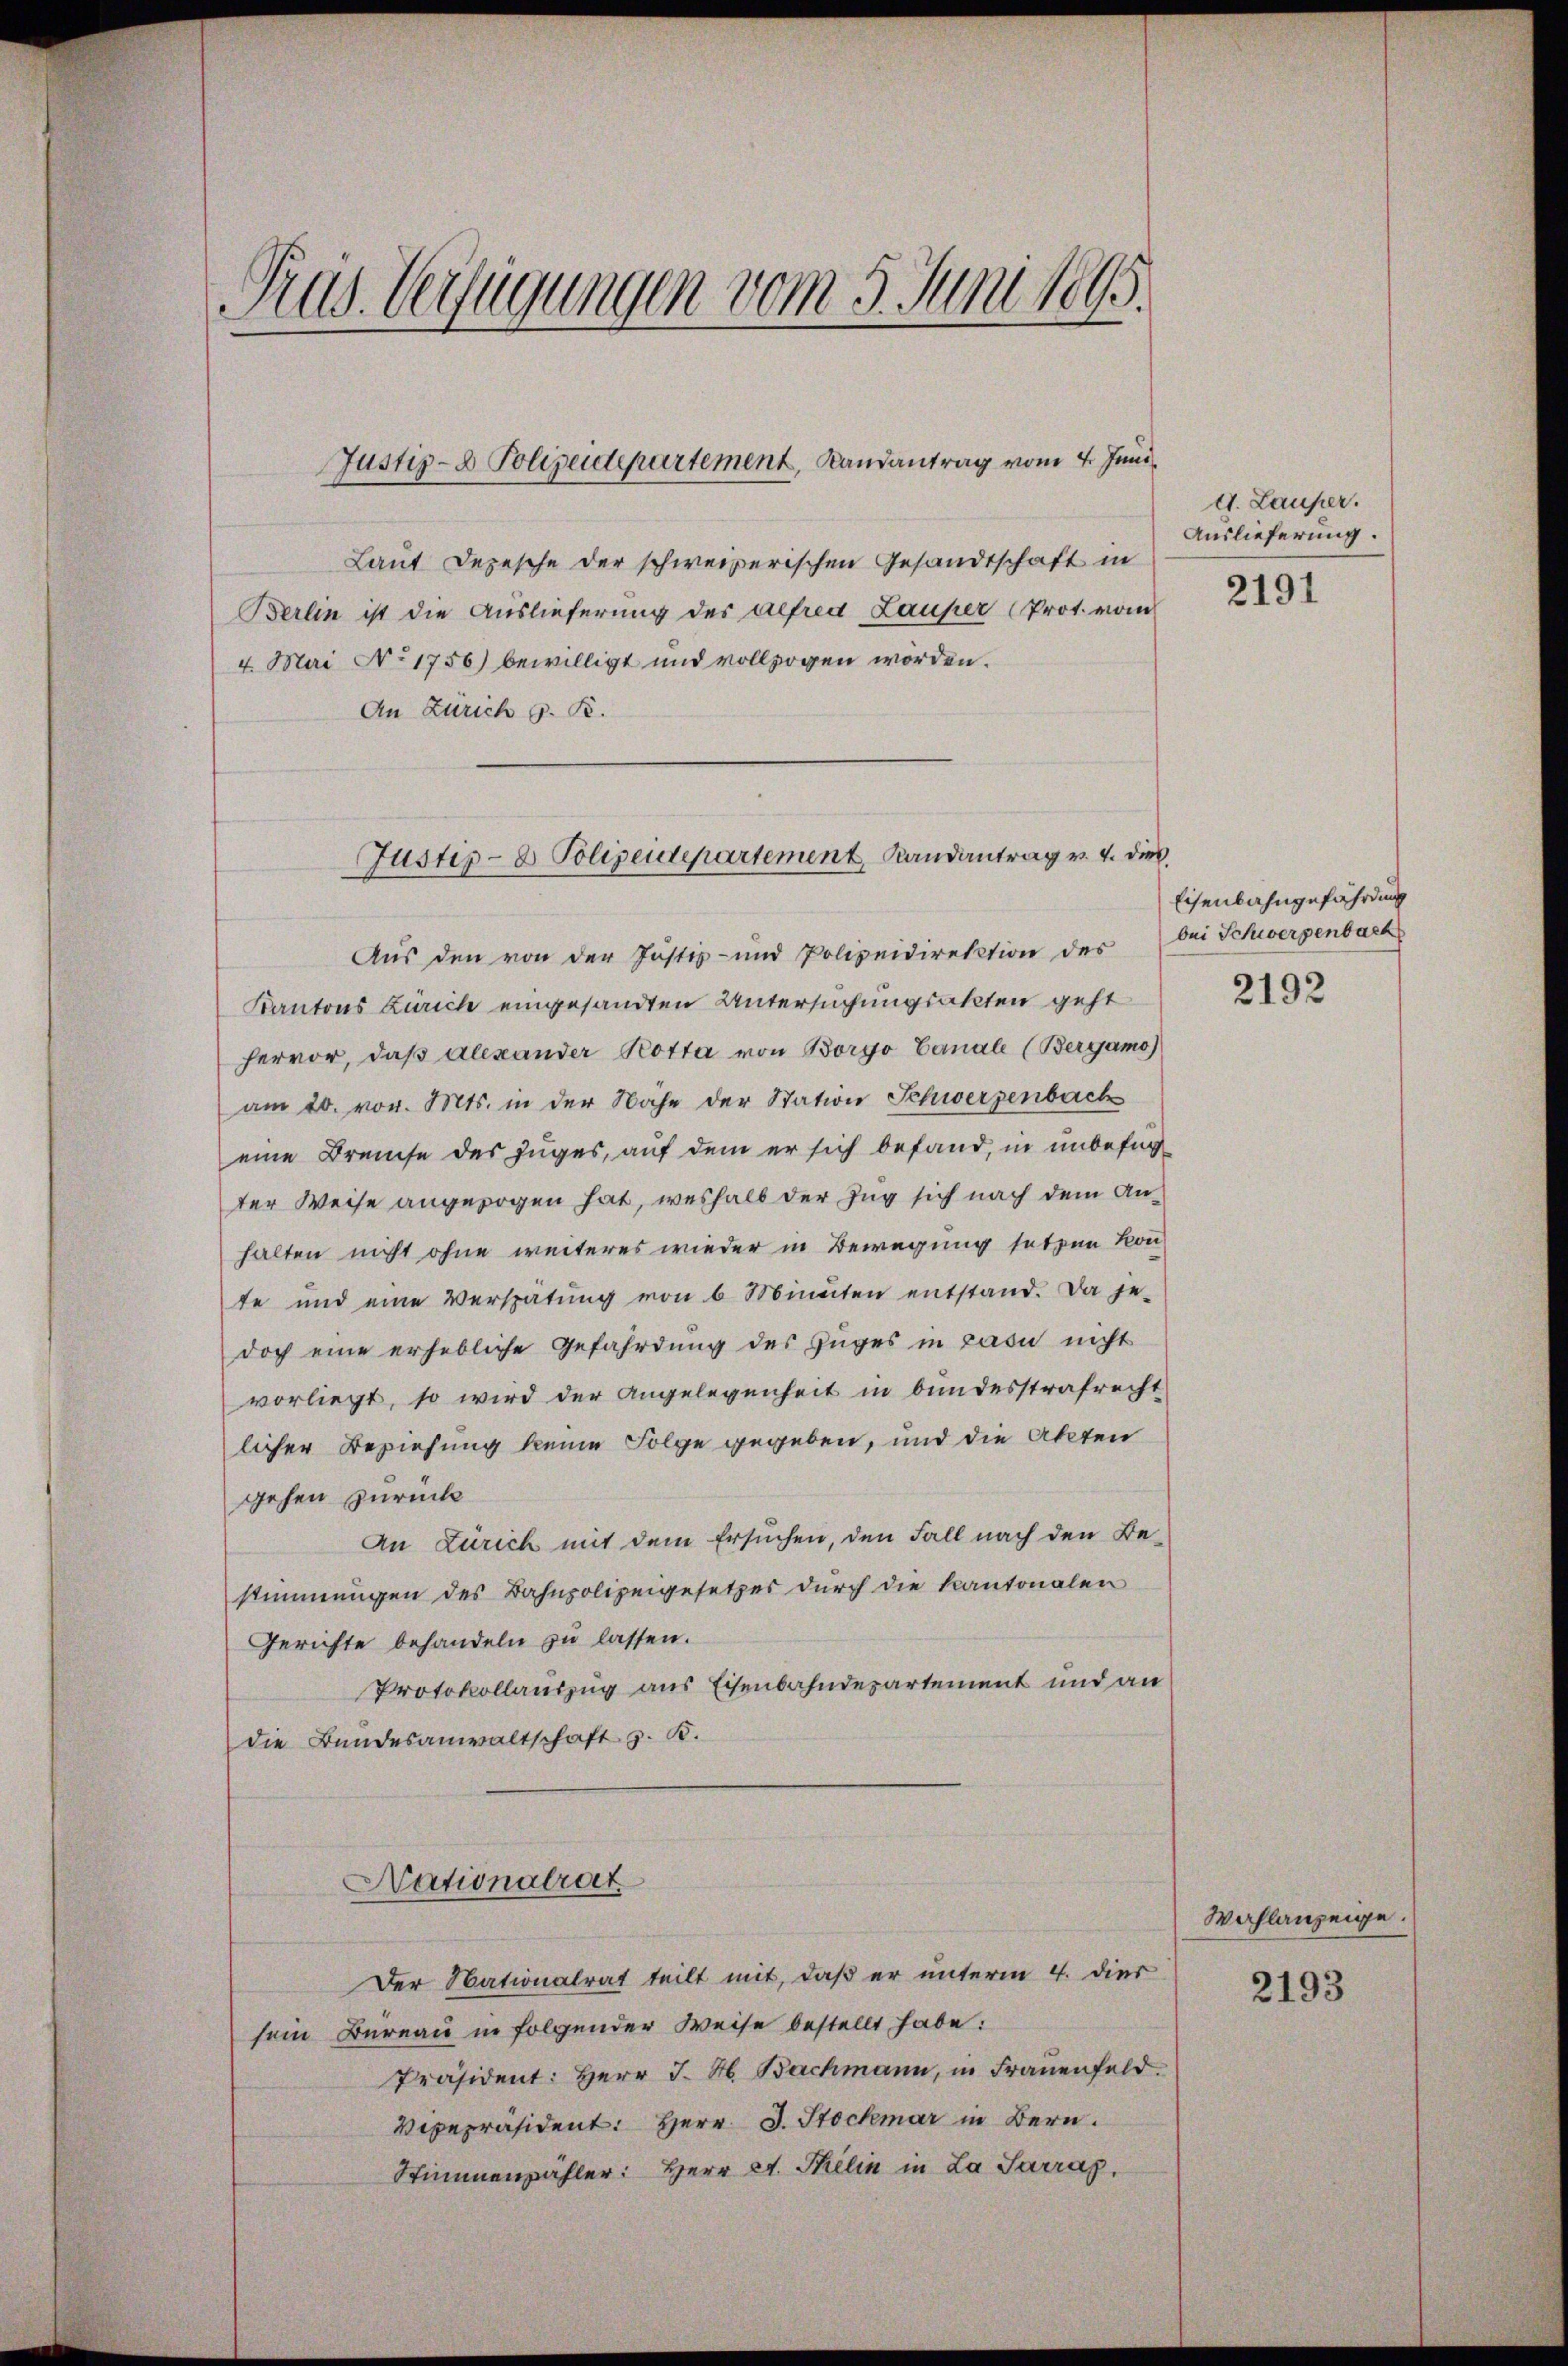
Pras. Verfügungen vom 5. Juni 1895.

Justiz- & Polizeidepartement, Landantrag vom 4. Juni

Laut Depesche der schweizerischen Gesandtschaft in
Berlin ist die Auslieferung der Alfred Lauper (Prot. vom
4. Mai No 1756) bewilligt und vollzogen worden.
An Zürich g. R.

Aus den von der Justiz- und Polizeidirektion des
Kantons Zürich eingesandten Untersuchungsakten geht
hervor, daβ Alexander Kotta von Borgo Canale (Bergamo)
am 20. vor. Mts. in der Nähe der Station Schwerzenbach
eine Breise des Zuges, auf dem er sich befand, in unbefugter Weise angezogen hat, weshalb der Zug sich nach dem Anhalten nicht ohne weiteres wieder in Bewegung setzen kon-
te und eine Verspätŭng von 6 Minuten entstand. Da je-
doch eine erhebliche Gefährdung des Zuges in casu nicht
vorliegt, so wird der Angelegenheit in bundesstrafrecht
licher Beziehung keine Folge gegeben, und die Akten
gehen zurück
An Zürich mit dem Ersuchen, den Fall nach den Be-
stimmungen des Bahnpolizeigesetzes durch die kantonalen
Gerichte behandeln zu lassen.
Protokollauszug aus Eisenbahndepartement und an
die Bundesanwaltschaft z. B.
Nationalrat
Der Nationalrat teilt mit, daß er unterm 4. dies
sein Bureau in folgender Weise bestellt habe:
Präsident: Herr J. M. Bachmann, in Frauenfeld.
Vepepräsident: Herr J. Stockmar in Bern.
Stimmenzähler: Herr D. Selin in La Sarrag.

Justiz- & Polizeidepartement Randantrag v. 4. dies

d. Lauper.
Auslieferung.

2191

Eisenbahngefährdung
bei Schwerzenbach

2192

Wahlanzeige.

2193